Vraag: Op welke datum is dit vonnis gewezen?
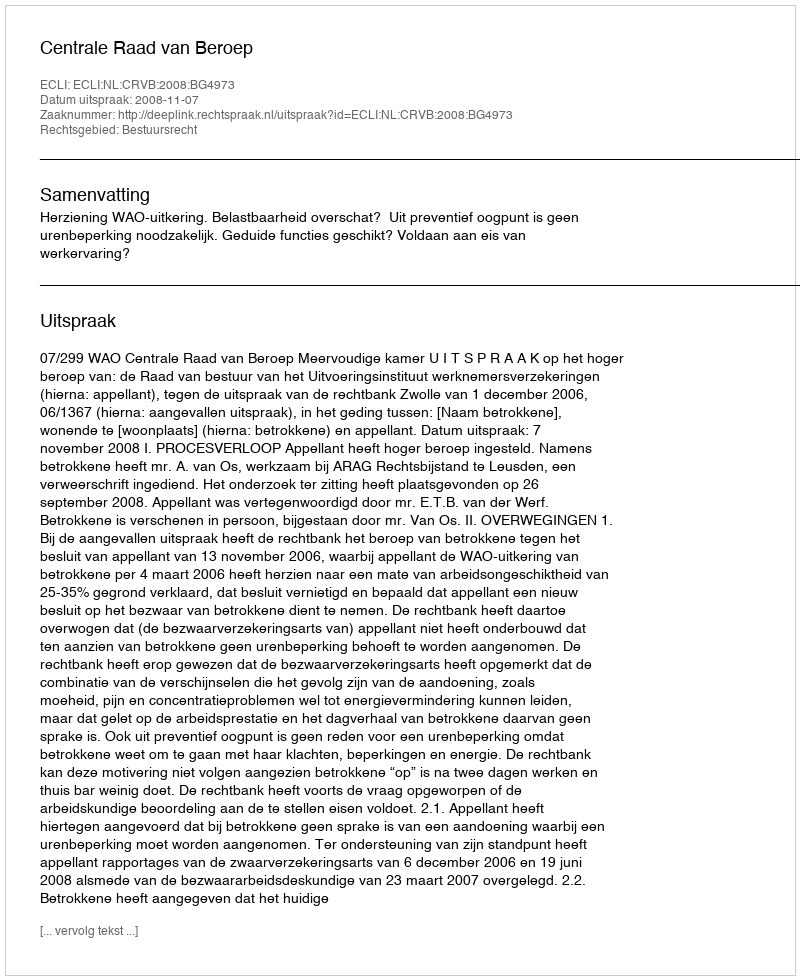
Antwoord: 2008-11-07